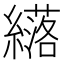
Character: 𫄈